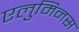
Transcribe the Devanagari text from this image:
एलुमिनस